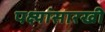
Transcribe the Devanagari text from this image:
पक्ष्यांसारखी